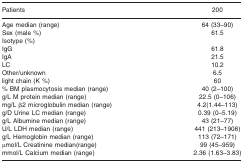
<table><thead><tr><td><b>Patients</b></td><td><b>200</b></td></tr></thead><tbody><tr><td>Age median (range)</td><td>64 (33–90)</td></tr><tr><td>Sex (male %)</td><td>61.5</td></tr><tr><td colspan="2">Isotype (%)</td></tr><tr><td>IgG</td><td>61.8</td></tr><tr><td>IgA</td><td>21.5</td></tr><tr><td>LC</td><td>10.2</td></tr><tr><td>Other/unknown</td><td>6.5</td></tr><tr><td>light chain (K %)</td><td>60</td></tr><tr><td>% BM plasmocytosis median (range)</td><td>40 (2–100)</td></tr><tr><td>g/L M protein median (range)</td><td>22.5 (0–106)</td></tr><tr><td>mg/L β2 microglobulin median (range)</td><td>4.2(1.44–113)</td></tr><tr><td>g/D Urine LC median (range)</td><td>0.39 (0–5.19)</td></tr><tr><td>g/L Albumine median (range)</td><td>43 (21–77)</td></tr><tr><td>U/L LDH median (range)</td><td>441 (213–1908)</td></tr><tr><td>g/L Hemoglobin median (range)</td><td>113 (72–171)</td></tr><tr><td>μmol/L Creatinine median(range)</td><td>99 (45–959)</td></tr><tr><td>mmol/L Calcium median (range)</td><td>2.36 (1.63–3.83)</td></tr></tbody></table>